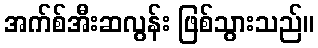
အက်စ်အီးဆလွန်း ဖြစ်သွားသည်။